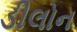
ડીલોન